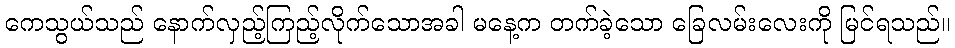
ကေသွယ်သည် နောက်လှည့်ကြည့်လိုက်သောအခါ မနေ့က တက်ခဲ့သော ခြေလမ်းလေးကို မြင်ရသည်။